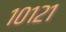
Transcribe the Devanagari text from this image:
१०१२१